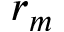
r _ { m }